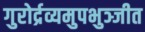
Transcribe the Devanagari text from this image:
गुरोर्द्रव्यमुपभुञ्जीत